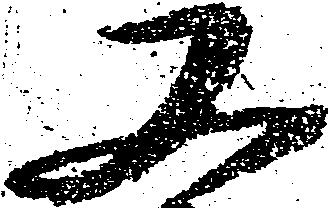
又